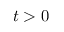
t > 0